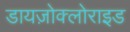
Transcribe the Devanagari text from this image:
डायज़ोक्लोराइड